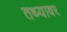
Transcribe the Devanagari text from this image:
तथ्यावर